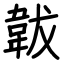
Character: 韍